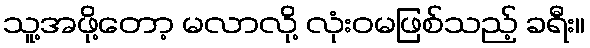
သူ့အဖို့တော့ မလာလို့ လုံးဝမဖြစ်သည့် ခရီး။